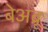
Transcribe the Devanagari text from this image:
बेअब्रू